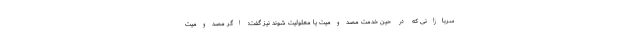
سربازانی که در حین خدمت مصدومیت یا معلولیت شوند نیز گفت: اگر مصدومیت